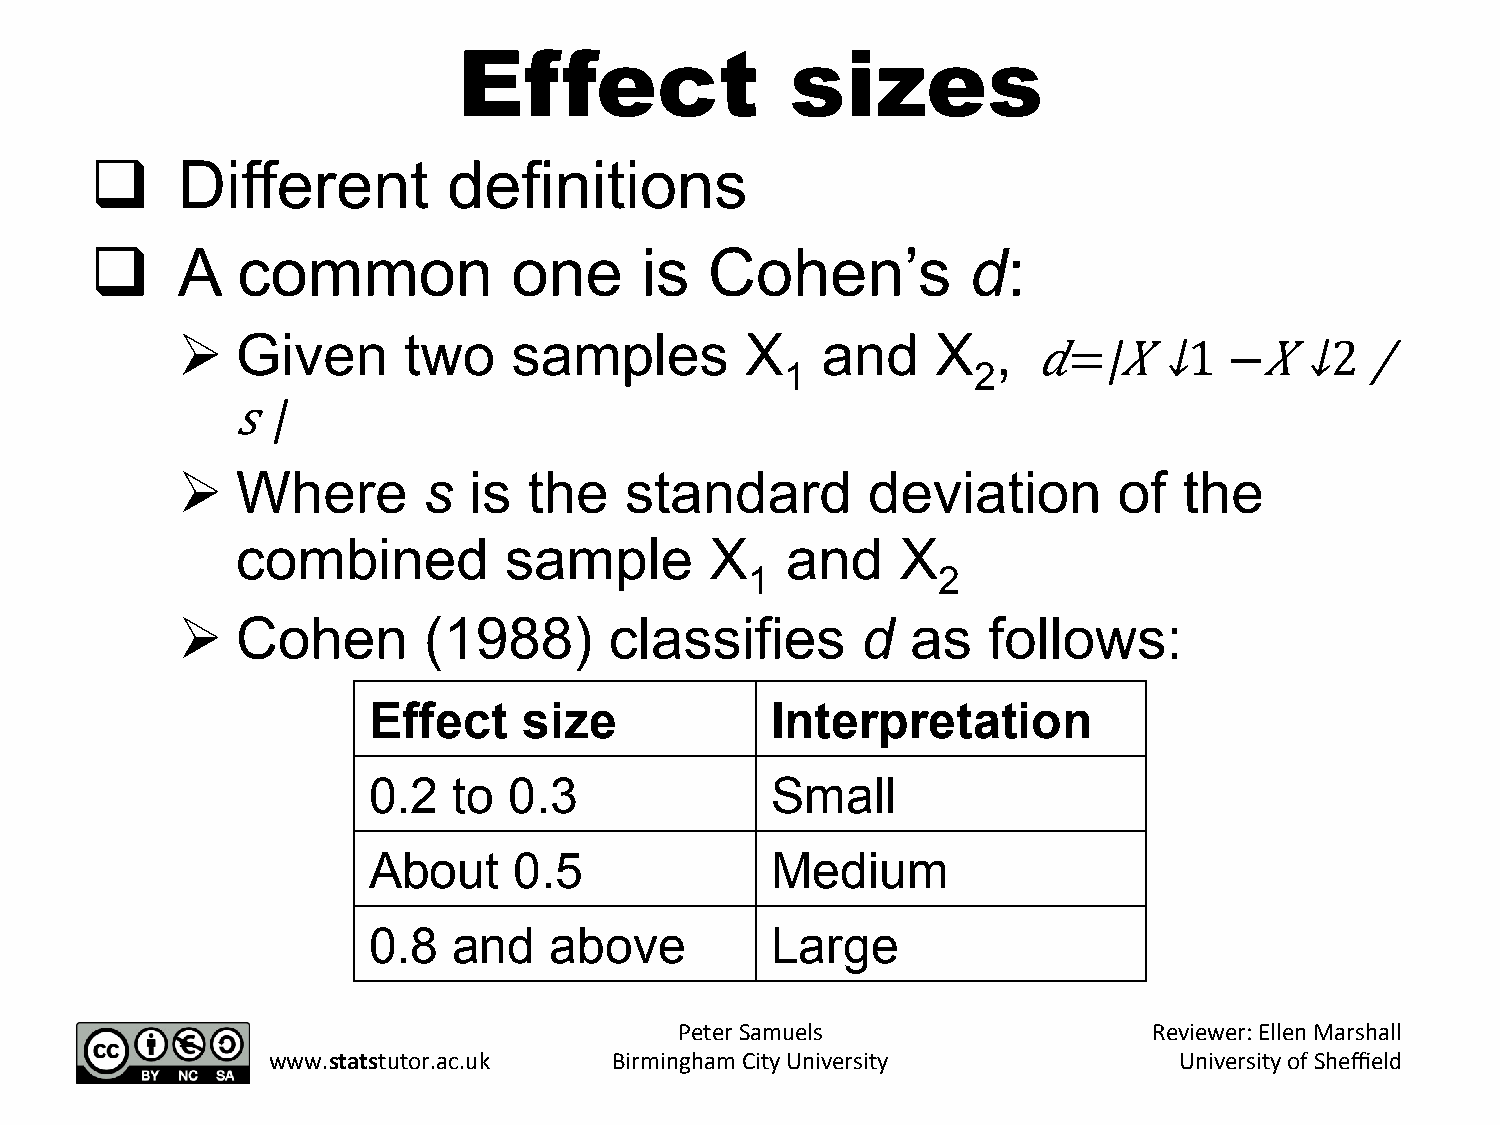
Effect                sizes
 q    Different         definitions
 q    A   common            one     is   Cohen’s          d:
 Ø  Given      two    samples        X    and     X   ,
 𝑑=|​​​𝑋 ↓1  −​​𝑋 ↓2   /
 1           2
 𝑠  |
 Ø  Where       s  is  the   standard        deviation        of  the
 combined         sample        X    and     X
 1           2
 Ø  Cohen       (1988)      classifies       d  as   follows:
 Effect     size            Interpretation
 0.2   to  0.3              Small
 About     0.5              Medium
 0.8   and   above          Large
 Peter Samuels                  Reviewer: Ellen Marshall
 www.statstutor.ac.uk   Birmingham City University           University of Sheffield